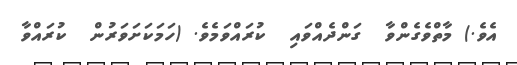
އެވެ.) މާތްވެގެންވާ  ގަންދެއްވައި  ކުރައްވަމެވެ. (ހަމަކަށަވަރުން  ކުރައްވާ